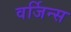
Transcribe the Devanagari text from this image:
वर्जिन्स